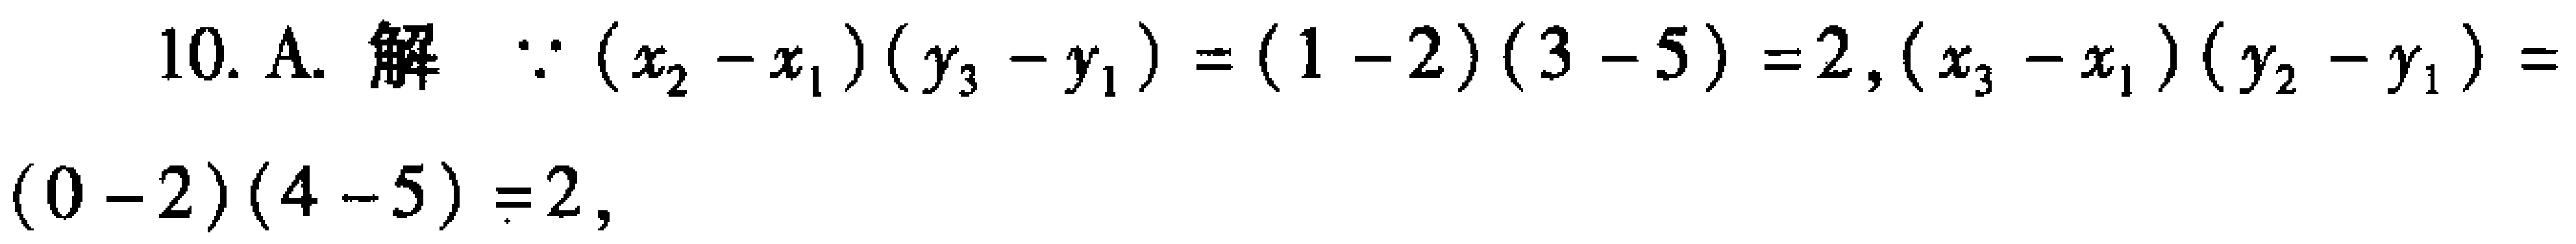
10. A. 解 $\because (x_{2}-x_{1})(y_{3}-y_{1})=(1 - 2)(3 - 5)=2,(x_{3}-x_{1})(y_{2}-y_{1})=(0 - 2)(4 - 5)=2,$